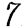
Digit: 7